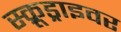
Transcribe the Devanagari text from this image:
स्क्रूड्राइवर